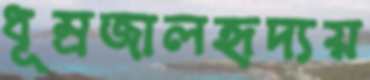
ধূম্রজালহৃদ্যয়